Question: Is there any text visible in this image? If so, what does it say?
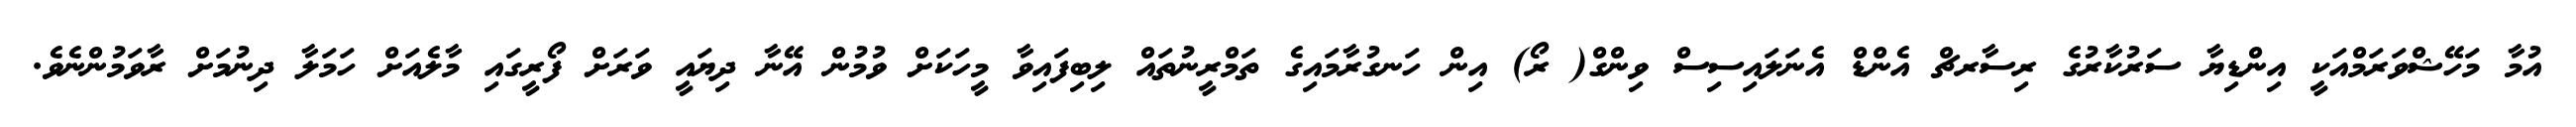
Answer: އުމާ މަހޭޝްވަރަމްއަކީ އިންޑިޔާ ސަރުކާރުގެ ރިސާރޗް އެންޑް އެނަލައިސިސް ވިންގް( ރޯ) އިން ހަނގުރާމައިގެ ތަމްރީނުތައް ލިބިފައިވާ މީހަކަށް ވުމުން އޭނާ ދިޔައީ ވަރަށް ފޯރީގައި މާލެއަށް ހަމަލާ ދިނުމަށް ރާވަމުންނެވެ.